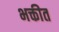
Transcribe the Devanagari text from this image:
भक्तीत